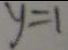
y = 1